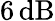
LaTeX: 6\, \mathrm{dB}